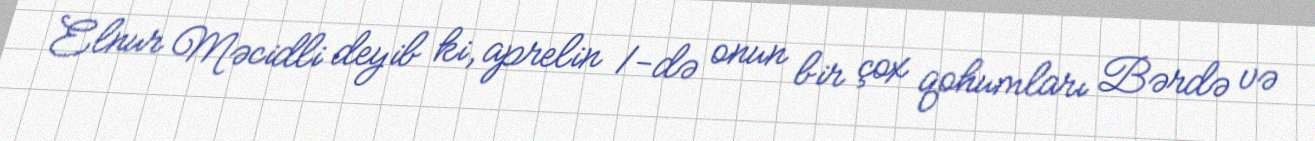
Elnur Məcidli deyib ki, aprelin 1-də onun bir çox qohumları Bərdə və